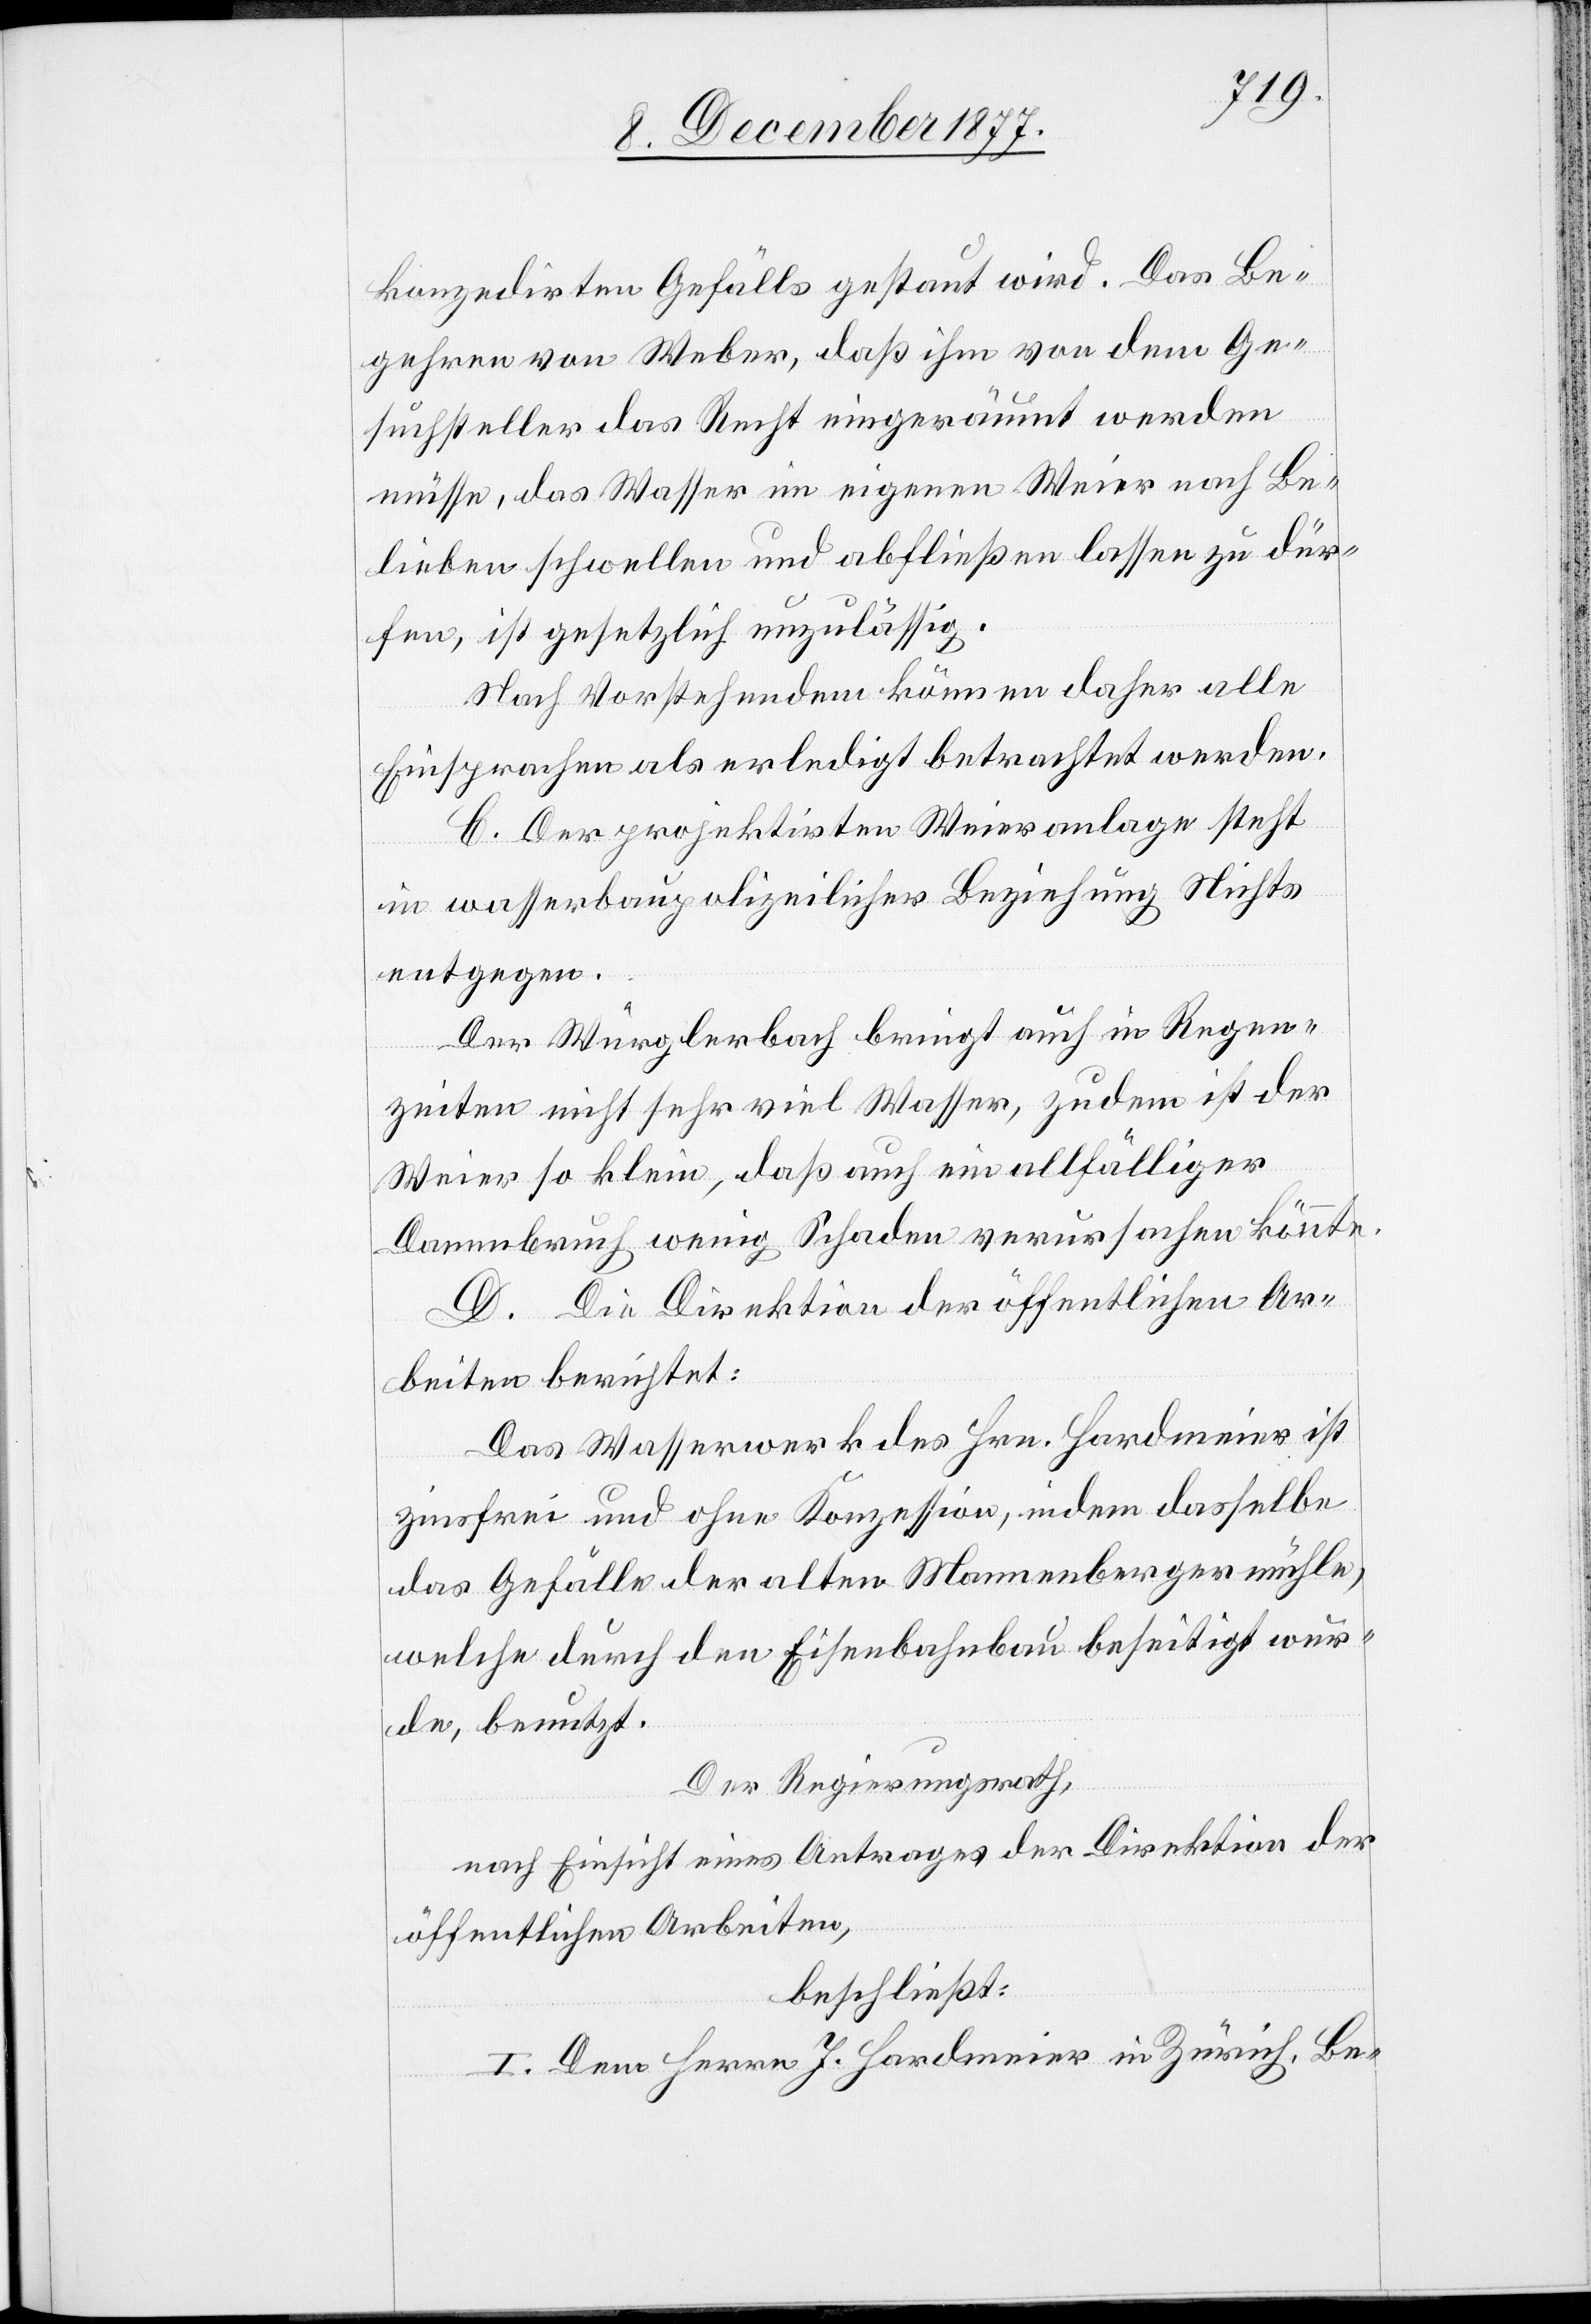
konzedirten Gefälls gestaut wird. Das Be¬
gehren von Weber, daß ihm von dem Ge¬
suchsteller das Recht eingeräumt werden
müsse, das Wasser im eigenen Weier nach Be¬
lieben schwellen und abfließen lassen zu dür¬
fen, ist gesetzlich unzulässig.
Nach Vorstehendem können daher alle
Einsprachen als erledigt betrachtet werden.
C. Der projektirten Weieranlage steht
in wasserbaupolizeilicher Beziehung Nichts
entgegen.
Der Würglerbach bringt auch in Regen¬
zeiten nicht sehr viel Wasser, zudem ist der
Weier so klein, daß auch ein allfälliger
Dammbruch wenig Schaden verursachen könnte.
D. Die Direktion der öffentlichen Ar¬
beiten berichtet:
Das Wasserwerk des Hrn. Hardmeier ist
zinsfrei und ohne Konezssion, indem dasselbe
das Gefälle der alten Mannenbergermühle,
welche durhc den Eisenbahnbau beseitigt wur¬
de, benutzt.
Der Regierungsrath,
nach Einsicht eines Antrages der Direktion der
öffentlichen Arbeiten,
beschließt:
I. Dem Herrn J. Hardmeier in Zürich, Be-